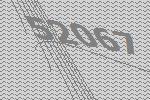
52067